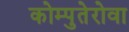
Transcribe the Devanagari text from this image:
कोम्पुतेरोवा